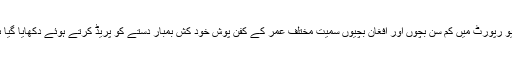
ویڈیو رپورٹ میں کم سن بچوں اور افغان بچیوں سمیت مختلف عمر کے کفن پوش خود کش بمبار دستے کو پریڈ کرتے ہوئے دکھایا گیا ہے۔